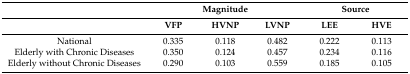
<table><thead><tr><td></td><td colspan="3"><b>Magnitude</b></td><td colspan="2"><b>Source</b></td></tr><tr><td></td><td><b>VFP</b></td><td><b>HVNP</b></td><td><b>LVNP</b></td><td><b>LEE</b></td><td><b>HVE</b></td></tr></thead><tbody><tr><td>National</td><td>0.335</td><td>0.118</td><td>0.482</td><td>0.222</td><td>0.113</td></tr><tr><td>Elderly with Chronic Diseases</td><td>0.350</td><td>0.124</td><td>0.457</td><td>0.234</td><td>0.116</td></tr><tr><td>Elderly without Chronic Diseases</td><td>0.290</td><td>0.103</td><td>0.559</td><td>0.185</td><td>0.105</td></tr></tbody></table>